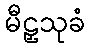
မီဠှသုခံ